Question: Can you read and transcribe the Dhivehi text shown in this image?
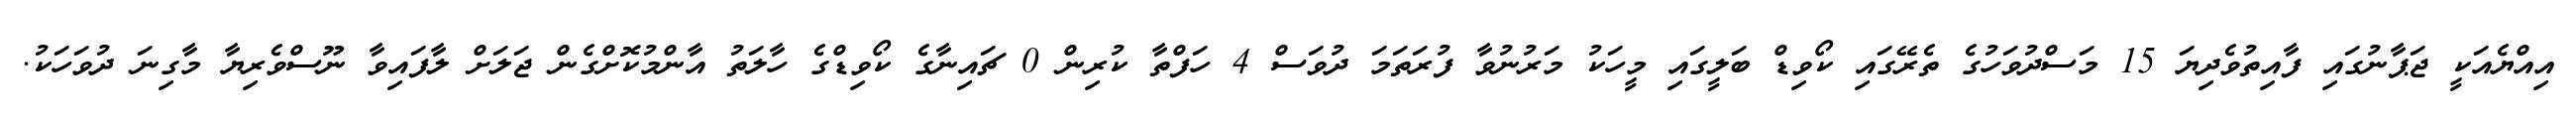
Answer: އިއްޔެއަކީ ޖަޕާނުގައި ފާއިތުވެދިޔަ 15 މަސްދުވަހުގެ ތެރޭގައި ކޯވިޑް ބަލީގައި މީހަކު މަރުނުވާ ފުރަތަމަ ދުވަސް 4 ހަފްތާ ކުރިން 0 ޗައިނާގެ ކޯވިޑްގެ ހާލަތު އާންމުކޮށްގެން ޖަލަށް ލާފައިވާ ނޫސްވެރިޔާ މާގިނަ ދުވަހަކު.